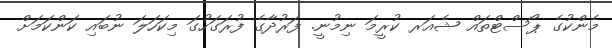
މެންކުގެ ޕޯސްޓްތައް ޝެއަރ ކުރީމަ ނިމުނީ. ފަރުދާގެ ފުރަގަހުގަ މިކަހަލަ ނުބައި ކަންކަމަށް